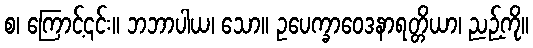
စ၊ ကြောင့်၎င်း။ ဘဘာပါယ၊ သော။ ဥပေက္ခာဝေဒနာရတ္တိယာ၊ ညဉ့်ကို။